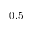
0 . 5